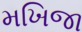
મખિજા